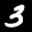
Label: 3